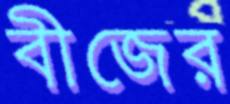
বীজের